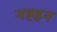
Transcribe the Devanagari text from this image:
मह्हन